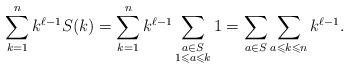
LaTeX: \begin{align*}\sum_{k=1}^{n}k^{\ell-1}S(k)&=\sum_{k=1}^{n}k^{\ell-1}\sum_{\substack{a\in S\\1\leqslant a\leqslant k}}1=\sum_{a\in S}\sum_{a\leqslant k\leqslant n}k^{\ell-1}.\end{align*}